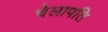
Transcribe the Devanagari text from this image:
चेलापति